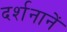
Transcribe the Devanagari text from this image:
दर्शनानें